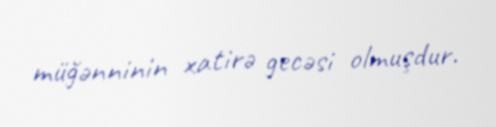
müğənninin xatirə gecəsi olmuşdur.